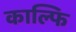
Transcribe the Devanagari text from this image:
काल्फि